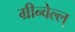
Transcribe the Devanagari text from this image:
ग्रीन्वेल्ल्